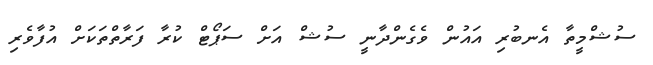
ސުޝްމީތާ އެނބުރި އައުން ވެގެންދާނީ ސުޝް އަށް ސަޕޯޓް ކުރާ ފަރާތްތަކަށް އުފާވެރި